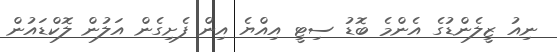
ނިއު ޒީލެންޑުގެ އެންމެ ބޮޑު ސިޓީ އިއްޔެ އިން ފެށިގެން އަލުން ލޮކްޑައުން